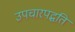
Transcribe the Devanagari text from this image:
उपचारपद्धति